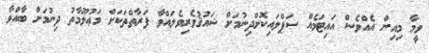
ވީމާ މިއިން އެއްވެސް އައިޓަމެއް ސަޕްލައިކޮށްދިނުމަށް ޝައުޤުވެރިވެލައްވާ ފަރާތްތަކަށް މަޢުލޫމާތު ދިނުމަށް ބާއްވާ